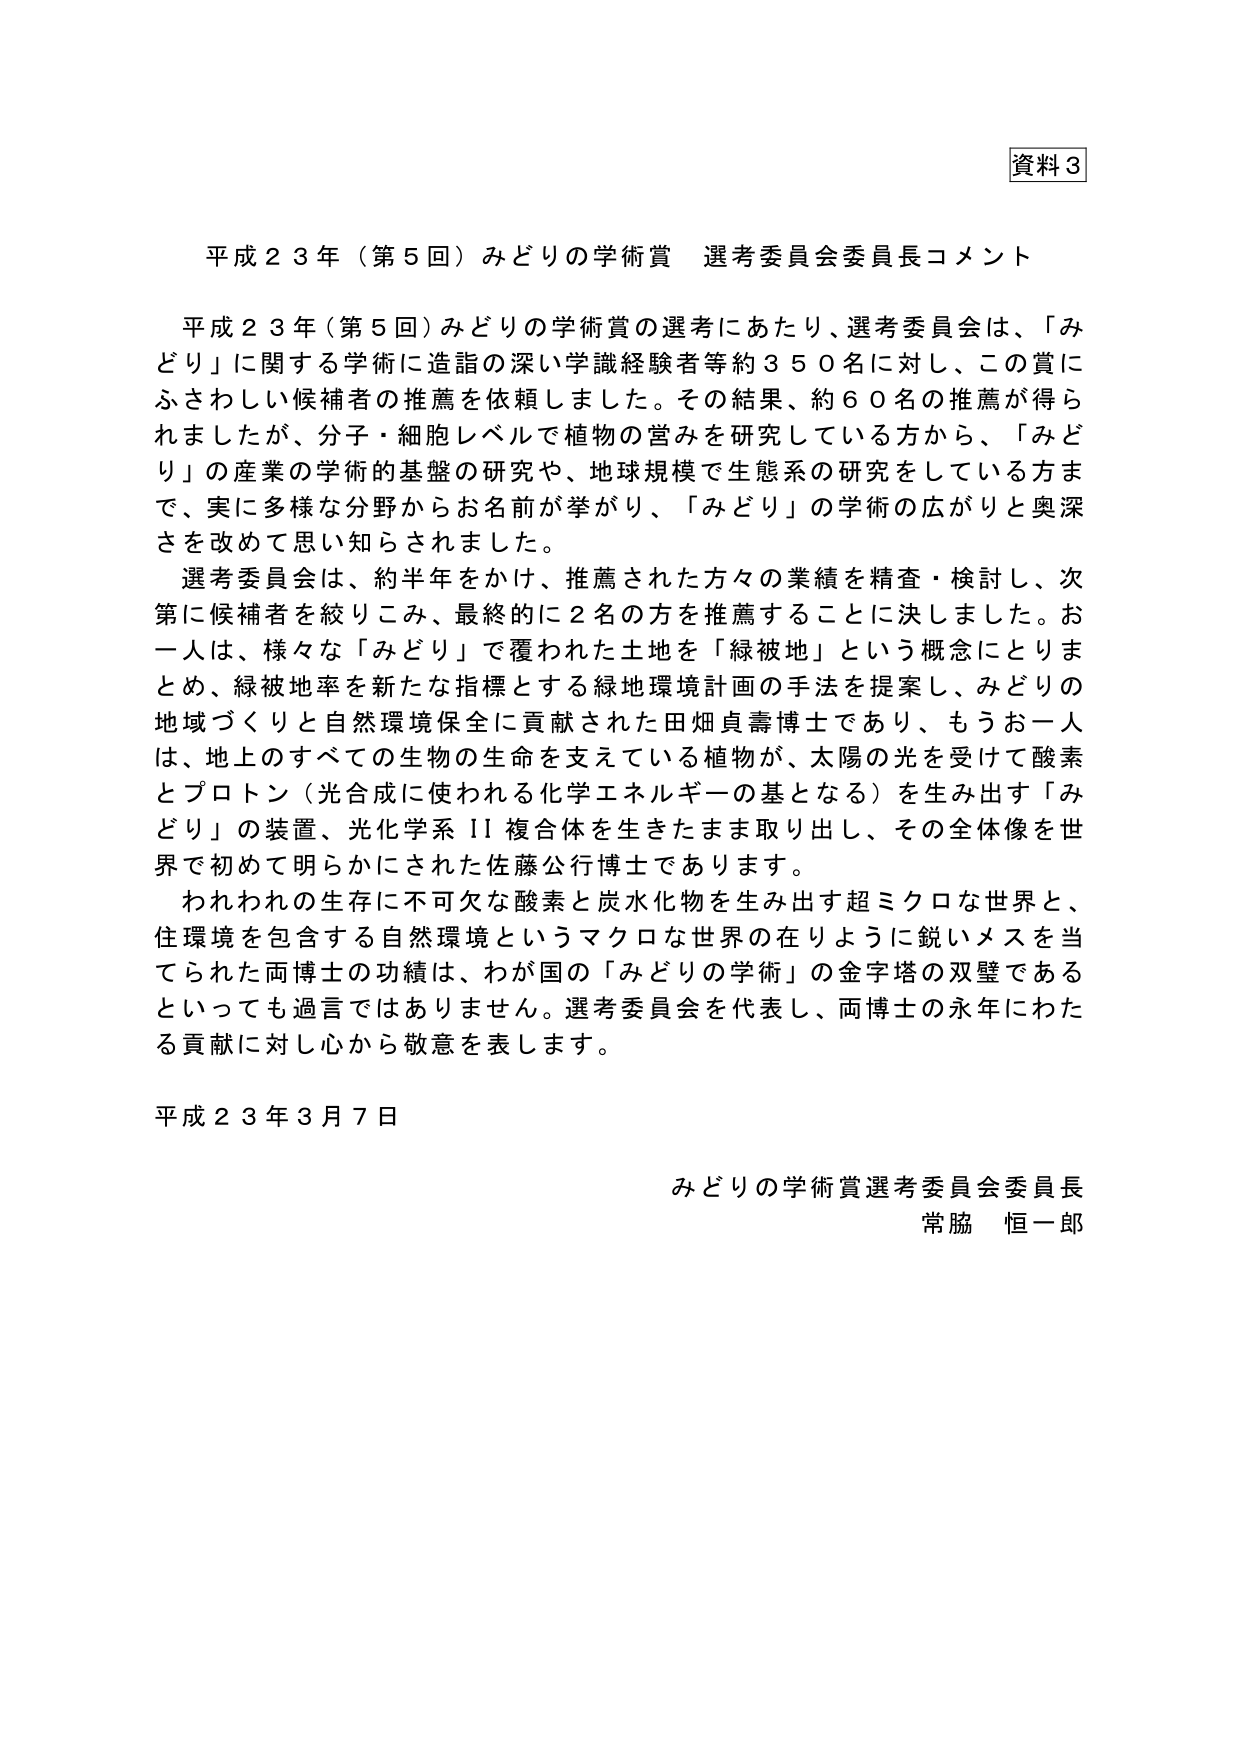
資料３

平成２３年（第５回）みどりの学術賞 選考委員会委員長コメント

平成２３年（第５回）みどりの学術賞の選考にあたり、選考委員会は、「みどり」に関する学術に造詣の深い学識経験者等約３５０名に対し、この賞にふさわしい候補者の推薦を依頼しました。その結果、約６０名の推薦が得られましたが、分子・細胞レベルで植物の営みを研究している方から、「みどり」の産業の学術的基盤の研究や、地球規模で生態系の研究をしている方まで、実に多様な分野からお名前が挙がり、「みどり」の学術の広がりと奥深さを改めて思い知らされました。

選考委員会は、約半年をかけ、推薦された方々の業績を精査・検討し、次第に候補者を絞りこみ、最終的に２名の方を推薦することに決しました。お一人は、様々な「みどり」で覆われた土地を「緑被地」という概念にとりまとめ、緑被地率を新たな指標とする緑地環境計画の手法を提案し、みどりの地域づくりと自然環境保全に貢献された田畑貞壽博士であり、もうお一人は、地上のすべての生物の生命を支えている植物が、太陽の光を受けて酸素とプロトン（光合成に使われる化学エネルギーの基となる）を生み出す「みどり」の装置、光化学系Ⅱ複合体を生きたまま取り出し、その全体像を世界で初めて明らかにされた佐藤公行博士であります。

われわれの生存に不可欠な酸素と炭水化物を生み出す超ミクロな世界と、住環境を包含する自然環境というマクロな世界の在りように鋭いメスを当てられた両博士の功績は、わが国の「みどりの学術」の金字塔の双璧であるといっても過言ではありません。選考委員会を代表し、両博士の永年にわたる貢献に対し心から敬意を表します。

平成２３年３月７日

みどりの学術賞選考委員会委員長
常脇 恒一郎